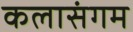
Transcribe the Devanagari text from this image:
कलासंगम